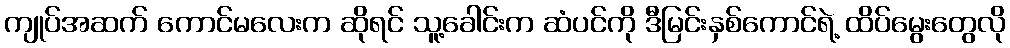
ကျုပ်အဆက် ကောင်မလေးက ဆိုရင် သူ့ခေါင်းက ဆံပင်ကို ဒီမြင်းနှစ်ကောင်ရဲ့ ထိပ်မွေးတွေလို